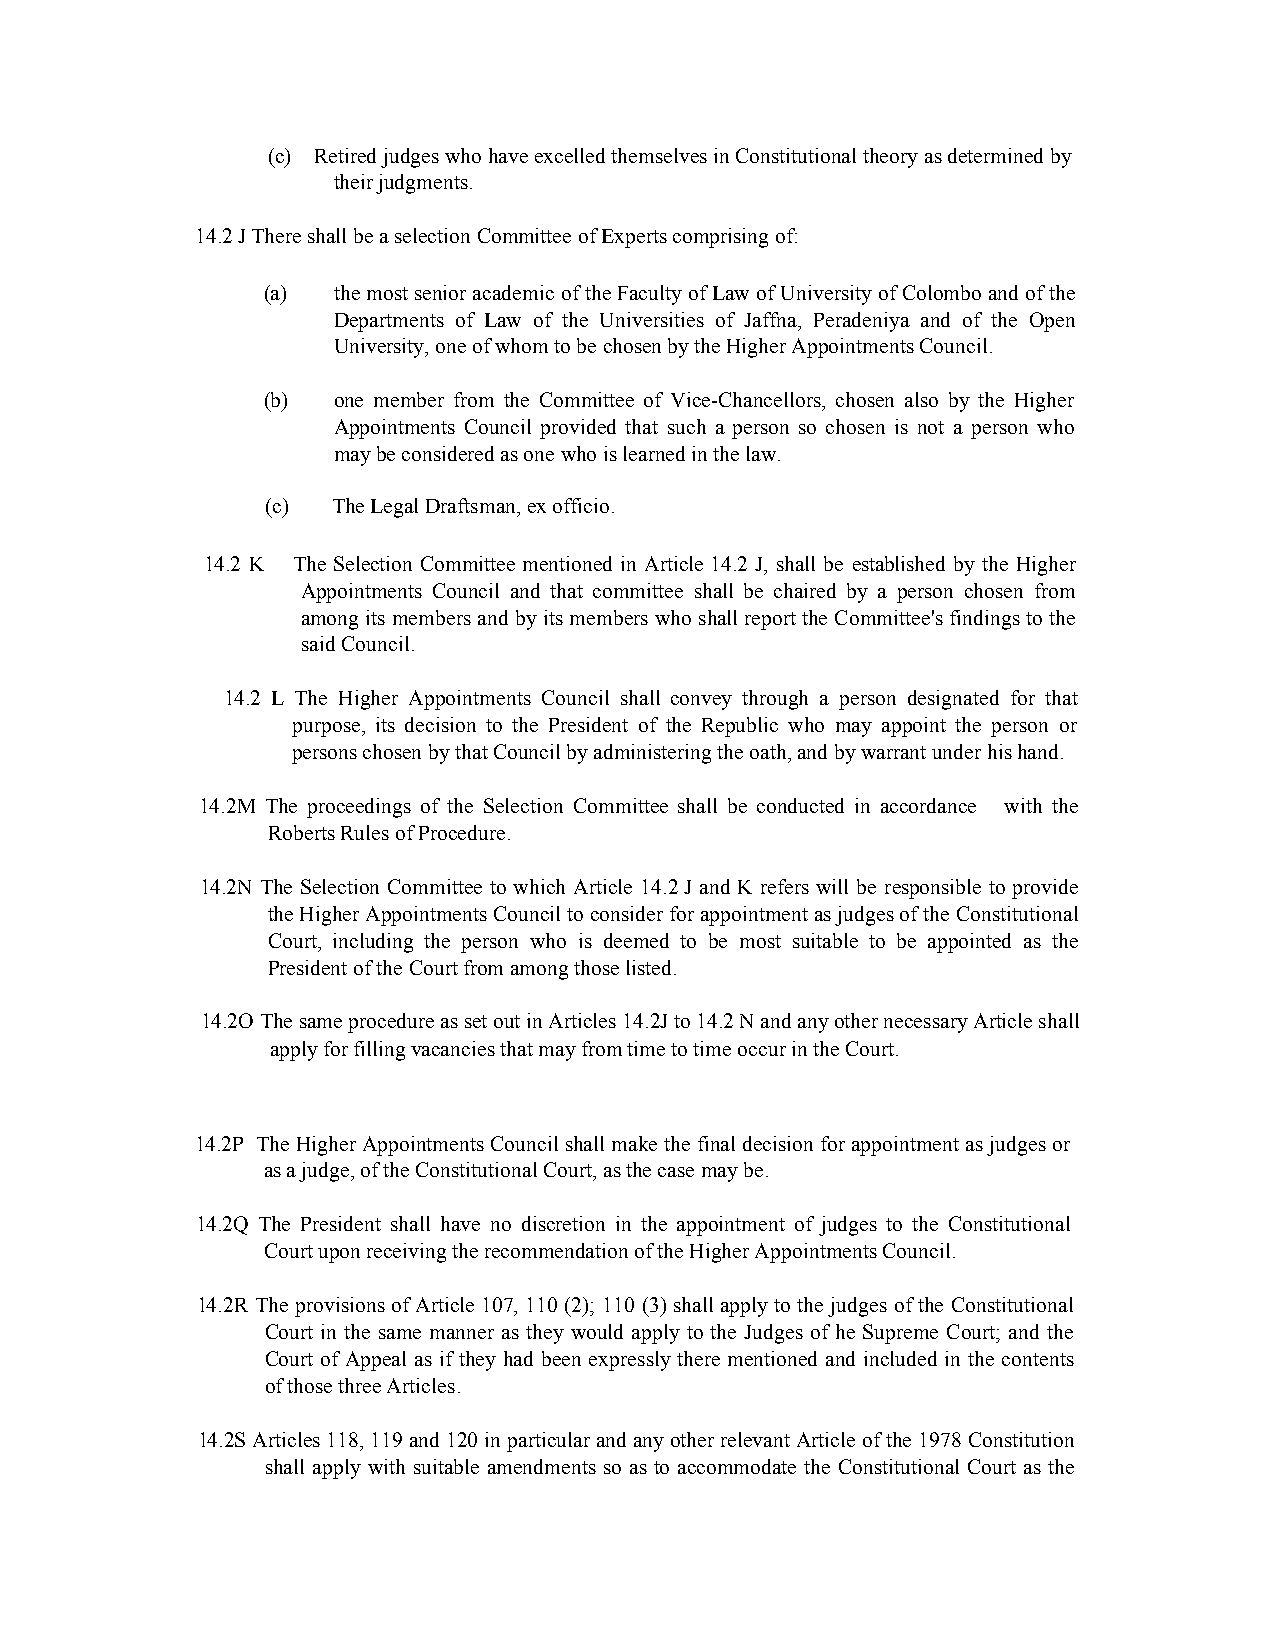
(c) Retired judges who have excelled themselves in Constitutional theory as determined by
 their judgments.
 14.2 J There shall be a selection Committee of Experts comprising of:
 (a)  the most senior academic of the Faculty of Law of University of Colombo and of the
 Departments of Law of the Universities of Jaffna, Peradeniya and of the Open
 University, one of whom to be chosen by the Higher Appointments Council.
 (b)  one member from the Committee of Vice-Chancellors, chosen also by the Higher
 Appointments Council provided that such a person so chosen is not a person who
 may be considered as one who is learned in the law.
 (c) The Legal Draftsman, ex officio.
 14.2 K The Selection Committee mentioned in Article 14.2 J, shall be established by the Higher
 Appointments Council and that committee shall be chaired by a person chosen from
 among its members and by its members who shall report the Committee's findings to the
 said Council.
 14.2 L The Higher Appointments Council shall convey through a person designated for that
 purpose, its decision to the President of the Republic who may appoint the person or
 persons chosen by that Council by administering the oath, and by warrant under his hand.
 14.2M The proceedings of the Selection Committee shall be conducted in accordance with the
 Roberts Rules of Procedure.
 14.2N The Selection Committee to which Article 14.2 J and K refers will be responsible to provide
 the Higher Appointments Council to consider for appointment as judges of the Constitutional
 Court, including the person who is deemed to be most suitable to be appointed as the
 President of the Court from among those listed.
 14.2O The same procedure as set out in Articles 14.2J to 14.2 N and any other necessary Article shall
 apply for filling vacancies that may from time to time occur in the Court.
 14.2P The Higher Appointments Council shall make the final decision for appointment as judges or
 as a judge, of the Constitutional Court, as the case may be.
 14.2Q The President shall have no discretion in the appointment of judges to the Constitutional
 Court upon receiving the recommendation of the Higher Appointments Council.
 14.2R The provisions of Article 107, 110 (2); 110 (3) shall apply to the judges of the Constitutional
 Court in the same manner as they would apply to the Judges of he Supreme Court; and the
 Court of Appeal as if they had been expressly there mentioned and included in the contents
 of those three Articles.
 14.2S Articles 118, 119 and 120 in particular and any other relevant Article of the 1978 Constitution
 shall apply with suitable amendments so as to accommodate the Constitutional Court as the